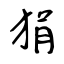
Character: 狷